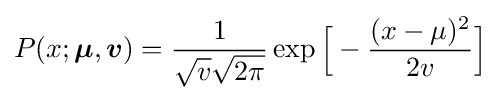
P(x;{\boldsymbol {\mu }},{\boldsymbol {v}})={\frac {1}{{\sqrt {v}}{\sqrt {2\pi }}}}\exp {\Big [}-{\frac {(x-\mu )^{2}}{2v}}{\Big ]}